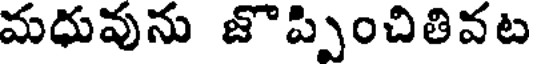
మధువును జొప్పించితివట